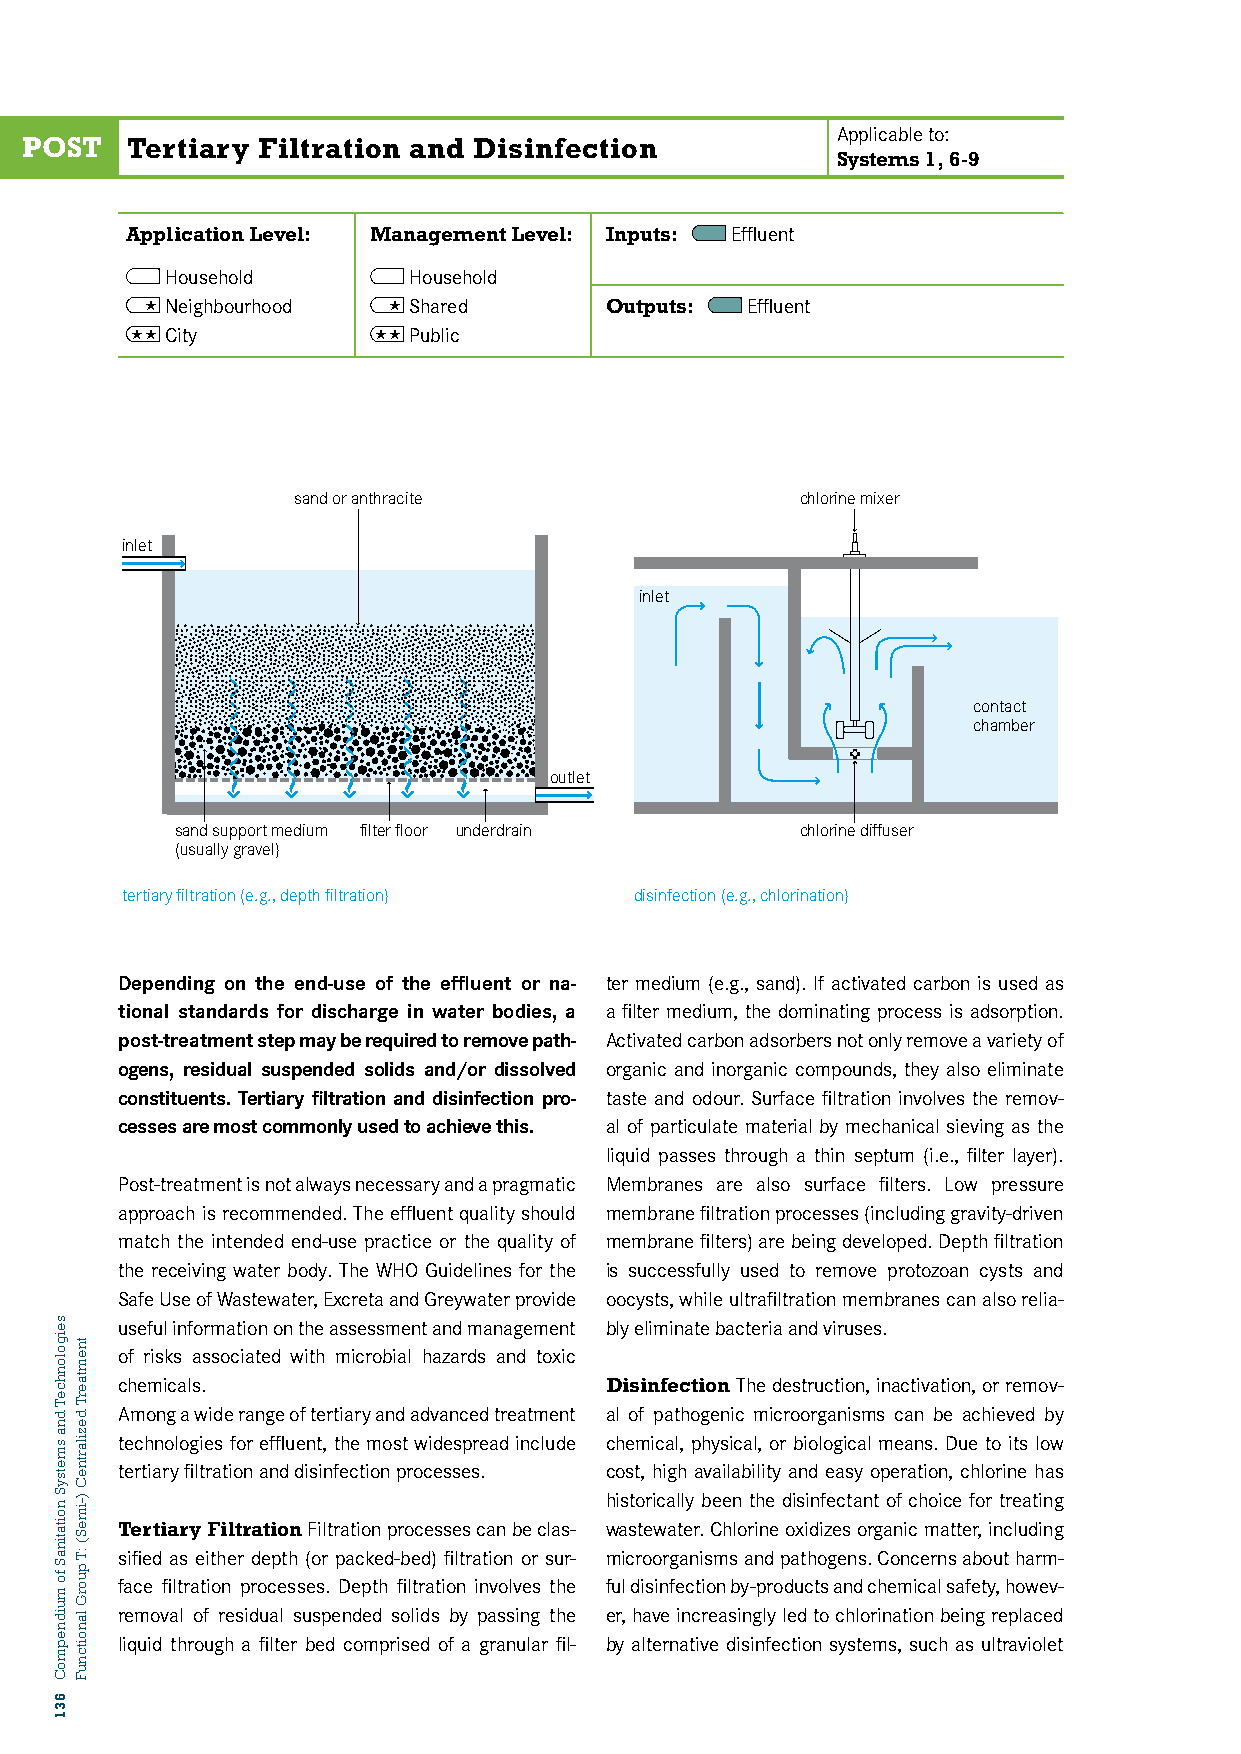
Applicable to:
 POST   Tertiary Filtration and Disinfection
 Systems 1, 6-9
 Application Level: Management Level: Inputs: Effluent
 Household       Household
  Neighbourhood  Shared      Outputs: Effluent
 TX02: TERTIARY FILTRATION AND DISINFECTION
  City          Public
 sand or anthracite                chlorine mixer
 inlet
 inlet
 contact
 chamber
 outlet
 sand support medium filter floor underdrain chlorine diffuser
 (usually gravel)
 tertiary filtration (e.g., depth filtration) disinfection (e.g., chlorination)
 Depending on the end-use of the effluent or na- ter medium (e.g., sand). If activated carbon is used as
 tional standards for discharge in water bodies, a a filter medium, the dominating process is adsorption.
 post-treatment step may be required to remove path- Activated carbon adsorbers not only remove a variety of
 ogens, residual suspended solids and/or dissolved organic and inorganic compounds, they also eliminate
 constituents. Tertiary filtration and disinfection pro- taste and odour. Surface filtration involves the remov-
 cesses are most commonly used to achieve this. al of particulate material by mechanical sieving as the
 liquid passes through a thin septum (i.e., filter layer).
 Post-treatment is not always necessary and a pragmatic Membranes are also surface filters. Low pressure
 approach is recommended. The effluent quality should membrane filtration processes (including gravity-driven
 match the intended end-use practice or the quality of membrane filters) are being developed. Depth filtration
 the receiving water body. The WHO Guidelines for the is successfully used to remove protozoan cysts and
 Safe Use of Wastewater, Excreta and Greywater provide oocysts, while ultrafiltration membranes can also relia-
 useful information on the assessment and management bly eliminate bacteria and viruses.
 of risks associated with microbial hazards and toxic
 chemicals.                      Disinfection The destruction, inactivation, or remov-
 Among a wide range of tertiary and advanced treatment al of pathogenic microorganisms can be achieved by
 technologies for effluent, the most widespread include chemical, physical, or biological means. Due to its low
 tertiary filtration and disinfection processes. cost, high availability and easy operation, chlorine has
 historically been the disinfectant of choice for treating
 Tertiary Filtration Filtration processes can be clas- wastewater. Chlorine oxidizes organic matter, including
 sified as either depth (or packed-bed) filtration or sur- microorganisms and pathogens. Concerns about harm-
 face filtration processes. Depth filtration involves the ful disinfection by-products and chemical safety, howev-
 removal of residual suspended solids by passing the er, have increasingly led to chlorination being replaced
 liquid through a filter bed comprised of a granular fil- by alternative disinfection systems, such as ultraviolet
 seigolonhceT
 dna
 smetsyS
 noitatinaS
 fo
 muidnepmoC
 631
 tnemtaerT
 dezilartneC
 )-imeS(
 :T
 puorG
 lanoitcnuF